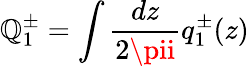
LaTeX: \mathbb{Q}_{1}^{\pm}=\int{\frac{{dz}}{{2\pii}}}q_{1}^{\pm}(z)